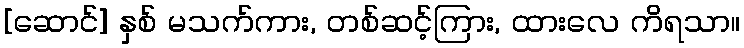
[ဆောင်] နှစ် မသက်ကား, တစ်ဆင့်ကြား, ထားလေ ကိရသာ။